Medical and sanitary report on the native army of Bombay for the year
Year: 1877
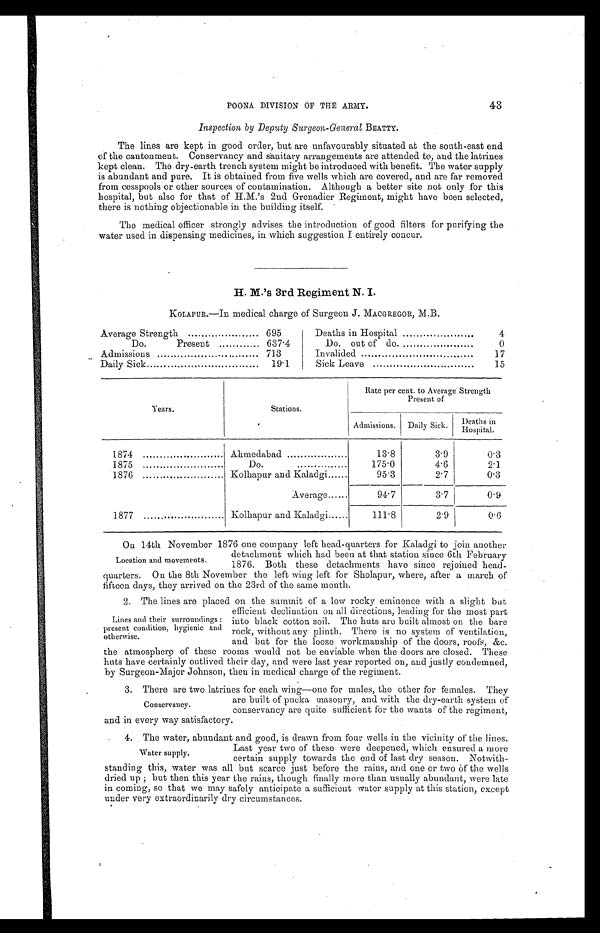
43
POONA DIVISION OF THE ARMY.
Inspection by Deputy Surgeon-General BEATTY.
The lines are kept in good order, but are unfavourably situated at the south-east end
of the cantonment. Conservancy and sanitary arrangements are attended to, and the latrines
kept clean. The dry-earth trench system might be introduced with benefit. The water supply
is abundant and pure. It is obtained from five wells which are covered, and are far removed
from cesspools or other sources of contamination. Although a better site not only for this
hospital, but also for that of H.M.' s 2nd Grenadier Regiment, might have been selected,
there is nothing objectionable in the building itself.
The medical officer strongly advises the introduction of good filters for purifying the
water used in dispensing medicines, in which suggestion I entirely concur.
H. M.'s 3rd Regiment N. I.
KOLAPUR.—In medical charge of Surgeon J. MACGREGOR, M.B.
Average Strength
695
Deaths in Hospital
4
Do.
Present
637.4
Do. out of do.
0
Admissions
713
Invalided
17
Daily Sick
19.1
Sick Leave
15
Years.
Stations.
Rate per cent. to Average Strength
Present of
Admissions. Daily Sick.
D e a t h s i n H o s p i t a l .
1874
Ahmedabad
13.8
3.9
0.3
1875
Do.
175.0
4.6
2.1
1876
Kolhapur and Kaladgi......
95.3
2.7
0.3
Average......
94.7
3.7
0.9
1877
Kolhapur and Kaladgi......
111.8
2.9
0.6
On 14th November 1876 one company left head-quarters for Kaladgi to join another
detachment which had been at that station since 6th February
1876. Both these detachments have since rejoined head-
quarters. On the 8th November the left wing left for Sholapur, where, after a march of
fifteen days, they arrived on the 23rd of the same month.
2. The lines are placed on the summit of a low rocky eminence with a slight but
efficient declination on all directions, leading for the most part
into black cotton soil. The huts are built almost on the bare
rock, without any plinth. There is no system of ventilation,
and but for the loose workmanship of the doors, roofs, &c.
the atmosphere of these rooms would not be enviable when the doors are closed. These
huts have certainly outlived their day, and were last year reported on, and justly condemned,
by Surgeon-Major Johnson, then in medical charge of the regiment.
3. There are two latrines for each wing—one for males, the other for females. The
y are built of pucka masonry, and with the dry-earth system of
conservancy are quite sufficient for the wants of the regiment,
and in every way satisfactory.
4. The water, abundant and good, is drawn from four wells in the vicinity of the lines.
Last year two of these were deepened, which ensured a more
certain supply towards the end of last dry season. Notwith-
standing this, water was all but scarce just before the rains, and one or two of the wells
dried up; but then this year the rains, though finally more than usually abundant, were late
in coming, so that we may safely anticipate a sufficient water supply at this station, except
under very extraordinarily dry circumstances.
Location and movements.
Lines and their surroundings:
present condition, hygienic and
otherwise.
Conservancy.
Water supply.